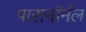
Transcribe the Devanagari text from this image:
पारानाॅर्मल